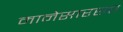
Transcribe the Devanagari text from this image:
मानेसारखा